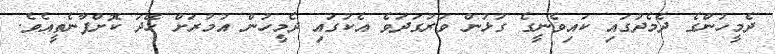
ދެމީހުންގެ ދެމެދުގައި ކައިވެނީގެ ގުޅުން ވަރުގަދަވެ އެކުގައި ދެމީހުން އުމުރަށް ހޭދަ ކޮށްފާނެތީއެވެ.